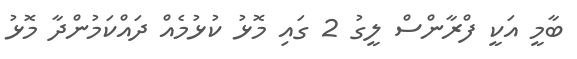
ބާމީ އަކީ ފްރާންސް ލީގު 2 ގައި މޮޅު ކުޅުމެއް ދައްކަމުންދާ މޮޅު